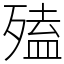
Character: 𣩄